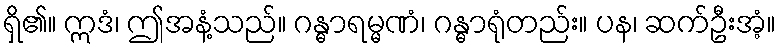
ရှိ၏။ ဣဒံ၊ ဤအနံ့သည်။ ဂန္ဓာရမ္မဏံ၊ ဂန္ဓာရုံတည်း။ ပန၊ ဆက်ဦးအံ့။